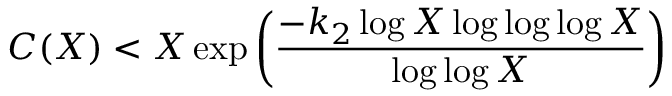
C ( X ) < X \exp \left( { \frac { - k _ { 2 } \log X \log \log \log X } { \log \log X } } \right)